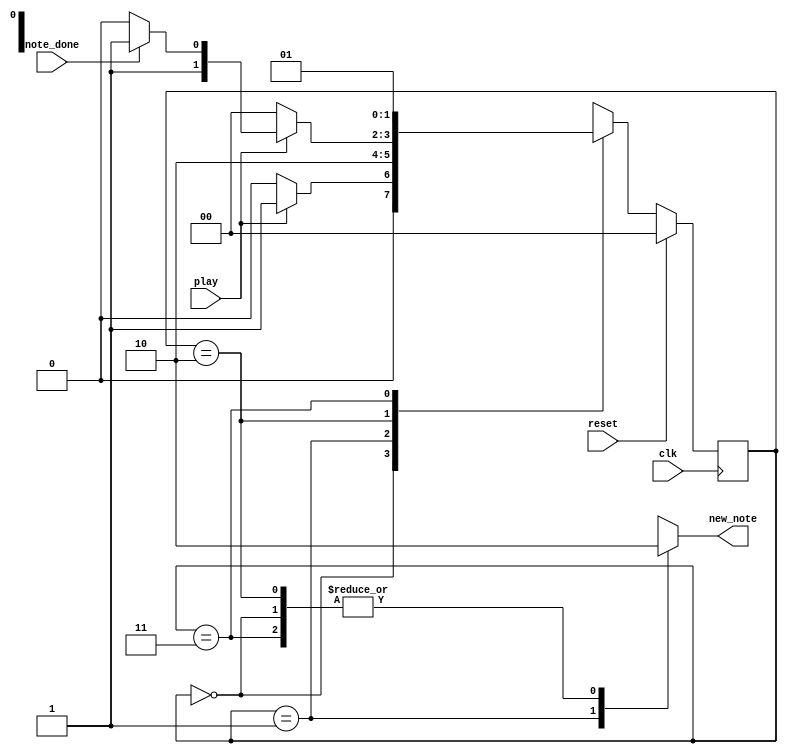
module control_reader(
	clk,
	reset,
	note_done,
	play,
	new_note
	);
	
	input clk;
	input reset;
	input note_done;
	input play;
	output  reg new_note;
	
	parameter RESET = 0;
	parameter NEW_NOTE = 1;
	parameter WAIT = 2;
	parameter NEXT_NOTE = 3;
	reg [1:0] state, nextstate;
	
	always @(posedge clk) begin
		if(reset) state = RESET;
		else state = nextstate;
	end
	
	always @(*) begin
		new_note = 0;
		case (state)
			RESET:begin
				if(play) nextstate = NEW_NOTE;
				else nextstate = RESET;
			end
			NEW_NOTE:begin
				nextstate = WAIT;
				new_note = 1;
			end
			WAIT:begin
				if(~play) nextstate = RESET;
				else if(note_done) nextstate = NEXT_NOTE;
				else nextstate = WAIT;
			end
			NEXT_NOTE:begin
				nextstate = NEW_NOTE;
			end
		endcase
	end
endmodule